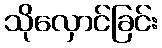
သိုလှောင်ခြင်း